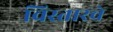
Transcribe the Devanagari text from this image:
विस्तारचे